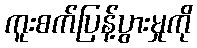
ကူးစက်ပြန့်ပွားမှုကို